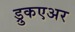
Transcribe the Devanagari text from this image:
ड्रुकएअर